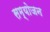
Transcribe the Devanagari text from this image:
सम्योजन